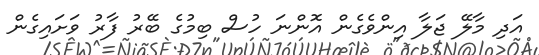
އަދި މާލޭ ޖަލާ އިންވެގެން އޮންނަ ހުސް ބިމުގެ ބޭރު ފާރު ވަށައިގެން